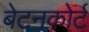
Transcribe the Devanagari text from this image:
बेटनकोर्ट